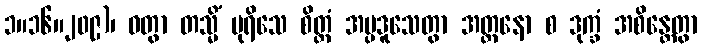
၁။၁၆။၂၀၉)၊ ဝတွာ တသ္မိံ ပုရိသေ စိတ္တံ အပ္ပဒူသေတွာ အတ္တနော စ ဒုက္ခံ အစိန္တေတွာ